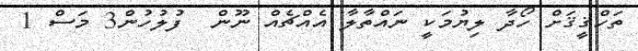
ތަހްޤީޤަށް ހޯދާ ލިޔުމަކީ ނައްތާލާ އެއްޗެއް ނޫން  ފުލުހުން3 މަސް 1